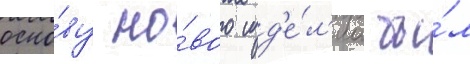
осно́ву но́вого изд'е́л'иа бы́л